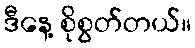
ဒီနေ့ စိုစွတ်တယ်။